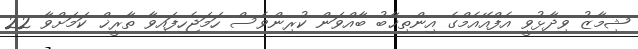
ޝިމާޒު ވިދާޅުވީ އެފްއޭއެމްގެ އިންތިޚާބު ބާއްވަން ކުރިންވެސް ހަމަޖެހިފައިވާ ތާރީޚް ކަމަށްވާ 22